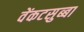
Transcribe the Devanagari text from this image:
वेंकटसुब्बा